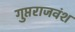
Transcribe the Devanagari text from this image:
गुप्तराजवंश